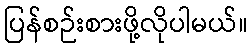
ပြန်စဉ်းစားဖို့လိုပါမယ်။